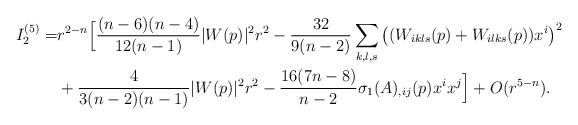
LaTeX: \begin{align*}I_2^{(5)}=&r^{2-n}\Big[\frac{(n-6)(n-4)}{12(n-1)}|W(p)|^2r^2-\frac{32}{9(n-2)}\sum_{k,l,s}\big((W_{ikls}(p)+W_{ilks}(p))x^i\big)^2 \\& +\frac{4}{3(n-2)(n-1)}|W(p)|^2r^2-\frac{16(7n-8)}{n-2}\sigma_1(A)_{,ij}(p)x^ix^j\Big]+O(r^{5-n}).\end{align*}